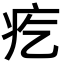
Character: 疙